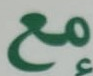
مع